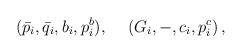
LaTeX: \begin{align*}(\bar{p}_i,\bar{q}_i,b_i,p_i^b),\hspace{0.5cm}(G_i,-,c_i,p_i^c)\,,\end{align*}